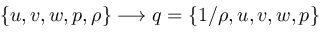
\{ u , v , w , p , \rho \} \longrightarrow q = \{ 1 / \rho , u , v , w , p \}